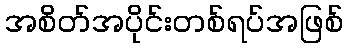
အစိတ်အပိုင်းတစ်ရပ်အဖြစ်